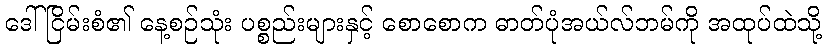
ဒေါ်ငြိမ်းစံ၏ နေ့စဉ်သုံး ပစ္စည်းများနှင့် စောစောက ဓာတ်ပုံအယ်လ်ဘမ်ကို အထုပ်ထဲသို့